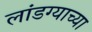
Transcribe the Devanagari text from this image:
लांडग्याच्या